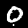
Label: 0